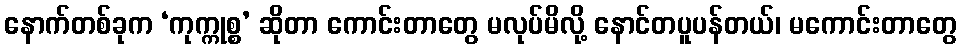
နောက်တစ်ခုက ‘ကုက္ကုစ္စ’ ဆိုတာ ကောင်းတာတွေ မလုပ်မိလို့ နောင်တပူပန်တယ်၊ မကောင်းတာတွေ